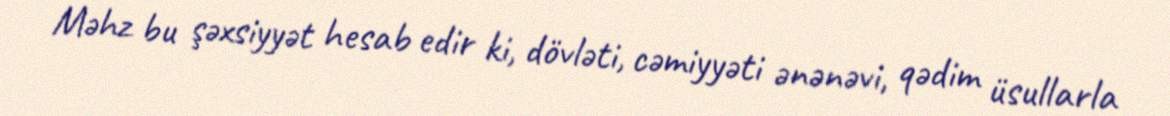
Məhz bu şəxsiyyət hesab edir ki, dövləti, cəmiyyəti ənənəvi, qədim üsullarla